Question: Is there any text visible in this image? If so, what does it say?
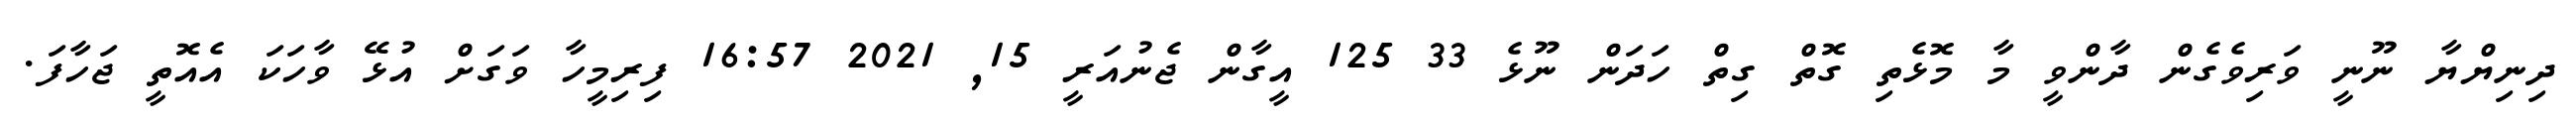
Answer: ދިނިޔްޔާ ނޫނީ ވަރިވެގެން ދާންވީ މާ މޮޅެތި ގޮތް ގިތް ހަދަން ނޫޅެ 33 125 އީގާން ޖެނުއަރީ 15, 2021 16:57 ފިރިމީހާ ވަގަށް އުޅޭ ވާހަކަ އެއޮތީ ޖަހާފަ.